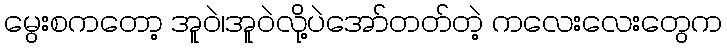
မွေးစကတော့ အူဝဲ၊အူဝဲလို့ပဲအော်တတ်တဲ့ ကလေးလေးတွေက